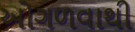
ઓગળવાથી